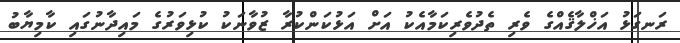
ރަނގަޅު އަޚްލާޤެއްގެ ވެރި ތެދުވެރިކަމާއެކު އަށް އަޅުކަންކުރާ ޒުވާނަކު ކުޅިވަރުގެ މައިދާނުގައި ކާމިޔާބު